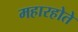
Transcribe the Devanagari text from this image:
महारहोते